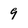
Character: 9